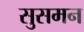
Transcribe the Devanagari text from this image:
सुसमन